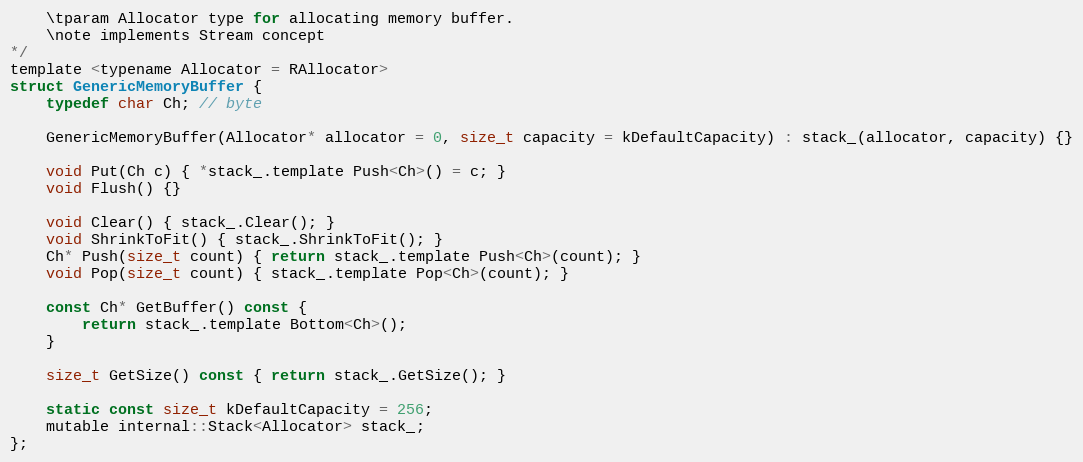
Language: C
    \tparam Allocator type for allocating memory buffer.
    \note implements Stream concept
*/
template <typename Allocator = RAllocator>
struct GenericMemoryBuffer {
    typedef char Ch; // byte

    GenericMemoryBuffer(Allocator* allocator = 0, size_t capacity = kDefaultCapacity) : stack_(allocator, capacity) {}

    void Put(Ch c) { *stack_.template Push<Ch>() = c; }
    void Flush() {}

    void Clear() { stack_.Clear(); }
    void ShrinkToFit() { stack_.ShrinkToFit(); }
    Ch* Push(size_t count) { return stack_.template Push<Ch>(count); }
    void Pop(size_t count) { stack_.template Pop<Ch>(count); }

    const Ch* GetBuffer() const {
        return stack_.template Bottom<Ch>();
    }

    size_t GetSize() const { return stack_.GetSize(); }

    static const size_t kDefaultCapacity = 256;
    mutable internal::Stack<Allocator> stack_;
};